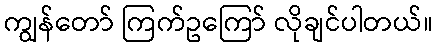
ကျွန်တော် ကြက်ဥကြော် လိုချင်ပါတယ်။